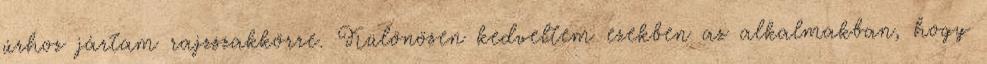
úrhoz jártam rajzszakkörre. Különösen kedveltem ezekben az alkalmakban, hogy